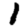
Digit: 1